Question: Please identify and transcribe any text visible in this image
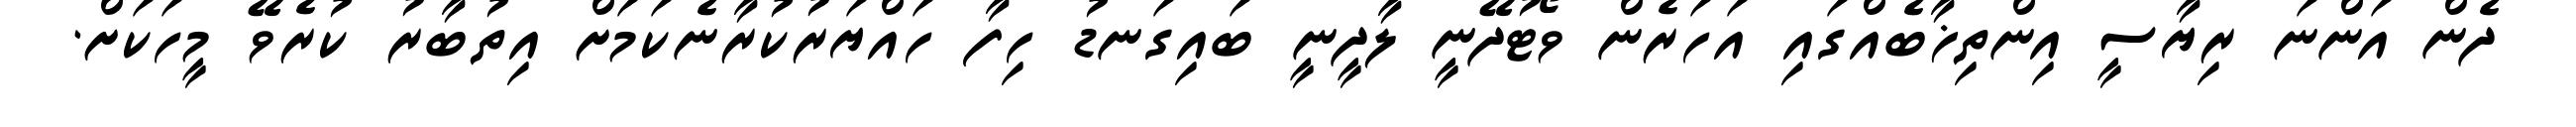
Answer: ދެން އަންނަ ރިޔާސީ އިންތިޚާބެއްގައި އަހަރެން ވޯޓުދޭނީ ލާދީނީ ބައިގަނޑު ހިފާ ހައްޔަރުކުރާނެކަމަށް އިތުބާރު ކުރެވޭ މީހަކަށް.